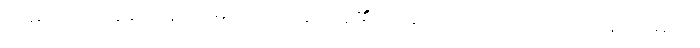
သမဝါယသင်္ခါတေန၊ သမဝါယ အနက်ရှိ၏ ဟုဆိုအပ်သော။ သမယေန၊ သမယ၊